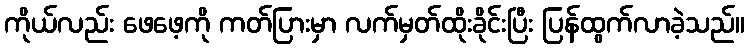
ကိုယ်လည်း ဖေဖေ့ကို ကတ်ပြားမှာ လက်မှတ်ထိုးခိုင်းပြီး ပြန်ထွက်လာခဲ့သည်။